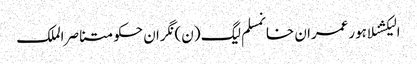
الیکشنلاہورعمران خانمسلم لیگ (ن)نگران حکومتناصر الملک